Lunatic asylums United Provinces 1909-1921 - 1909-1921
Year: 1909
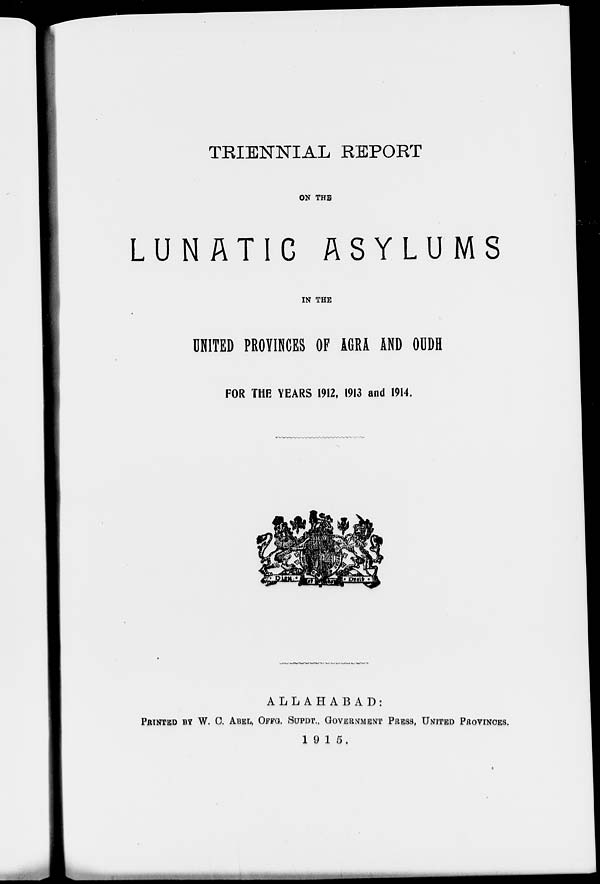
TRIENNIAL REPORT
ON THE
LUNATIC ASYLUMS
IN THE
UNITED PROVINCES OF AGRA AND OUDH
FOR THE YEARS 1912, 1913 and 1914.
ALLAHABAD:
PRINTED BY W.C. ABEL, OFFG. SUPDT., GOVERNMENT PRESS, UNITED PROVINCES.
1915.